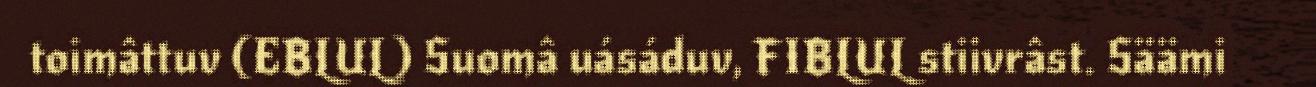
toimâttuv (EBLUL) Suomâ uásáduv, FIBLUL stiivrâst. Säämi